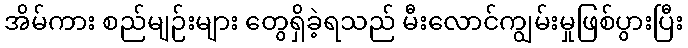
အိမ်ကား စည်မျဉ်းများ တွေရှိခဲ့ရသည် မီးလောင်ကျွမ်းမှုဖြစ်ပွားပြီး